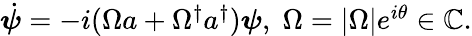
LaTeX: \begin{array}{r}{\dot{\boldsymbol{\psi}}=-i(\Omega a+\Omega^{\dagger}a^{\dagger})\boldsymbol{\psi},\; \Omega=|\Omega|e^{i\theta}\in\mathbb{C}.}\end{array}